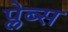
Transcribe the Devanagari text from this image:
प्लेब्स